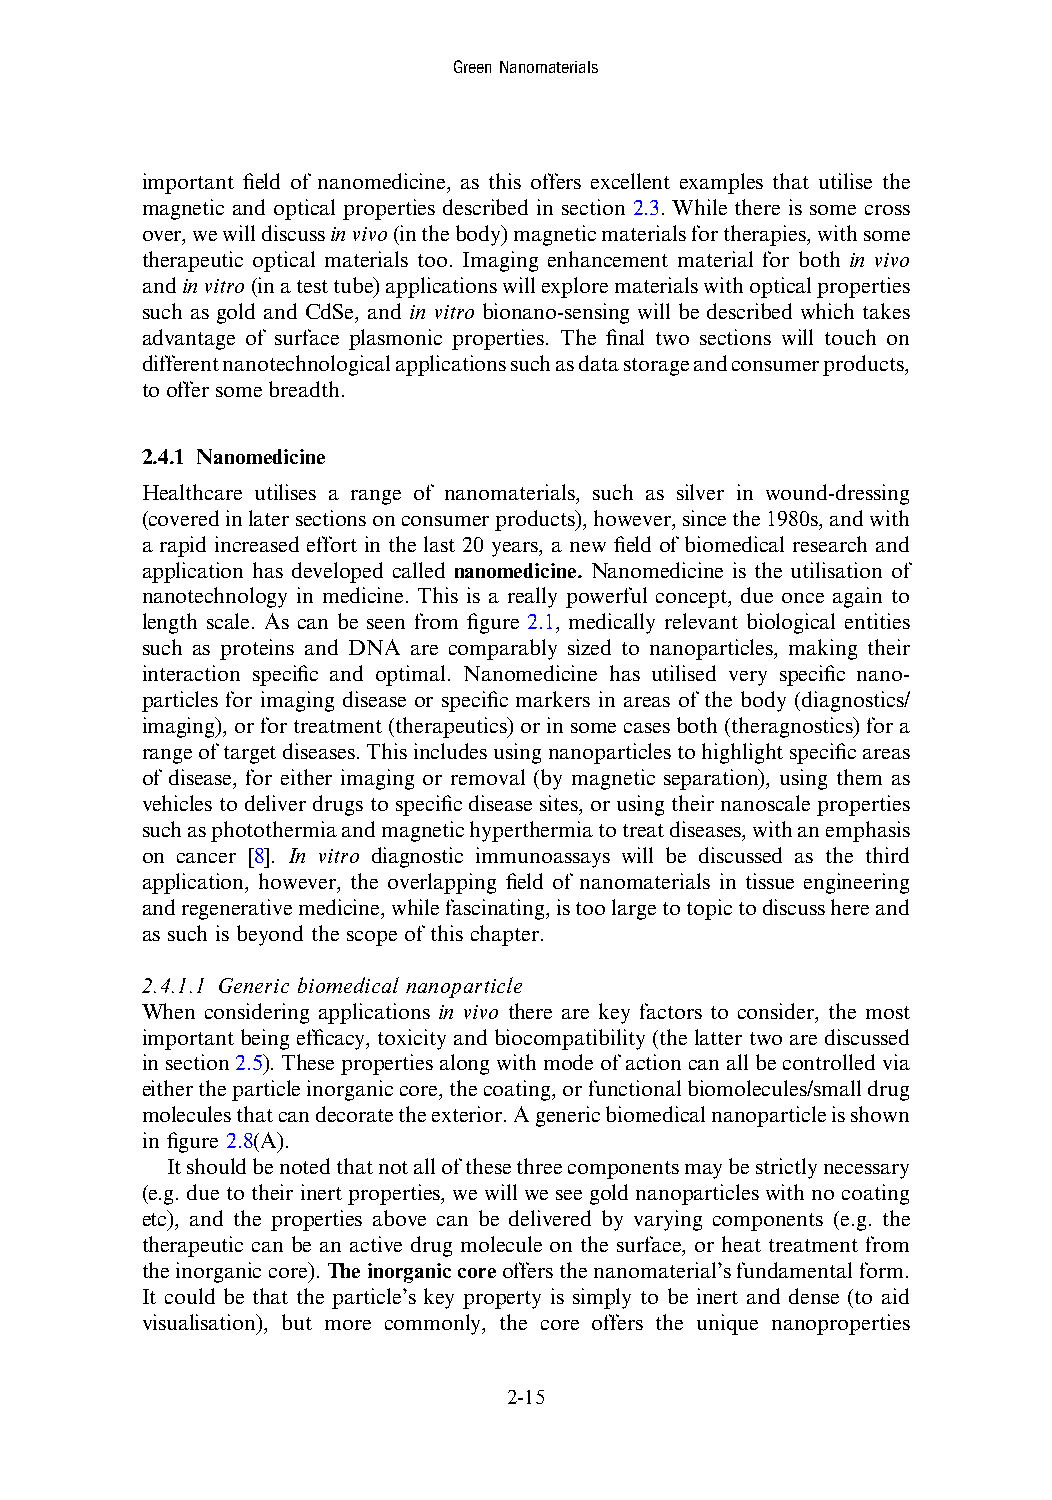
GreenNanomaterials
 important field of nanomedicine, as this offers excellent examples that utilise the
 magnetic and optical properties described in section 2.3. While there is some cross
 over,wewilldiscussinvivo(inthebody)magneticmaterialsfortherapies,withsome
 therapeutic optical materials too. Imaging enhancement material for both in vivo
 andinvitro(inatesttube)applicationswillexplorematerialswithopticalproperties
 such as gold and CdSe, and in vitro bionano-sensing will be described which takes
 advantage of surface plasmonic properties. The final two sections will touch on
 differentnanotechnologicalapplicationssuchasdatastorageandconsumerproducts,
 tooffersomebreadth.
 2.4.1 Nanomedicine
 Healthcare utilises a range of nanomaterials, such as silver in wound-dressing
 (coveredinlatersectionsonconsumerproducts),however,sincethe1980s,andwith
 a rapid increased effort in the last 20 years, a new field of biomedical research and
 application has developed called nanomedicine. Nanomedicine is the utilisation of
 nanotechnology in medicine. This is a really powerful concept, due once again to
 length scale. As can be seen from figure 2.1, medically relevant biological entities
 such as proteins and DNA are comparably sized to nanoparticles, making their
 interaction specific and optimal. Nanomedicine has utilised very specific nano-
 particles for imaging disease or specific markers in areas of the body (diagnostics/
 imaging),orfortreatment(therapeutics)orinsomecasesboth(theragnostics)fora
 rangeoftargetdiseases.Thisincludesusingnanoparticlestohighlightspecificareas
 of disease, for either imaging or removal (by magnetic separation), using them as
 vehicles to deliver drugs to specific disease sites, or using their nanoscale properties
 suchasphotothermiaandmagnetichyperthermiatotreatdiseases,withanemphasis
 on cancer [8]. In vitro diagnostic immunoassays will be discussed as the third
 application, however, the overlapping field of nanomaterials in tissue engineering
 andregenerativemedicine,whilefascinating,istoolargetotopictodiscusshereand
 as such is beyond the scope of this chapter.
 2.4.1.1 Generic biomedical nanoparticle
 When considering applications in vivo there are key factors to consider, the most
 important being efficacy, toxicity and biocompatibility (the latter two are discussed
 insection2.5).Thesepropertiesalongwithmodeofactioncanallbecontrolledvia
 eithertheparticleinorganiccore,thecoating,orfunctionalbiomolecules/smalldrug
 moleculesthatcandecoratetheexterior.Agenericbiomedicalnanoparticleisshown
 in figure 2.8(A).
 Itshouldbenotedthatnotallofthesethreecomponentsmaybestrictlynecessary
 (e.g. due totheir inert properties,we will wesee gold nanoparticleswith no coating
 etc), and the properties above can be delivered by varying components (e.g. the
 therapeutic can be an active drug molecule on the surface, or heat treatment from
 theinorganiccore).Theinorganiccoreoffersthenanomaterial’sfundamentalform.
 It could be that the particle’s key property is simply to be inert and dense (to aid
 visualisation), but more commonly, the core offers the unique nanoproperties
 2-15